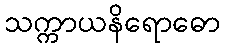
သက္ကာယနိရောဓော